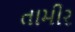
તામીર